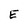
Character: E